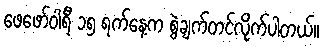
ဖေဖော်ဝါရီ ၁၅ ရက်နေ့က စွဲချက်တင်လိုက်ပါတယ်။